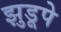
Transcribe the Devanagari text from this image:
झुडूपे